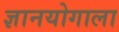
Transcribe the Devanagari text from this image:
ज्ञानयोगाला